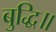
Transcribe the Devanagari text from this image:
बुद्धि॥